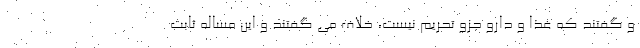
و گفتند که غذا و دارو جزو تحریم نیست، خلاف می گفتند و این مساله ثابت